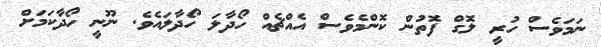
ނަމަވެސް ހުރީ ލޮގް ފޮތުން ކޮންމެވެސް އެއްޗެއް ހޯދާލަ ހޯދާލައެވެ. ނޫނީ ހޯދާކަމަށް